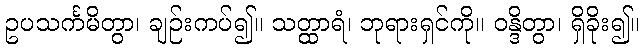
ဥပသင်္ကမိတွာ၊ ချဉ်းကပ်၍။ သတ္ထာရံ၊ ဘုရားရှင်ကို။ ဝန္ဒိတွာ၊ ရှိခိုး၍။